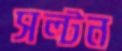
সল্টন